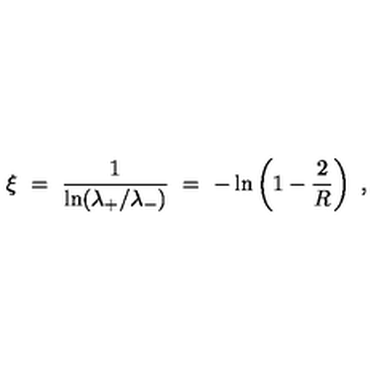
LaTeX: \xi \ = \ \frac { 1 } { \ln ( \lambda _ { + } / \lambda _ { - } ) } \ = \ - \ln \left( 1 - \frac { 2 } { R } \right) \ ,